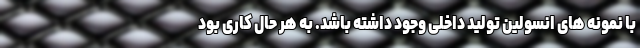
با نمونه های انسولین تولید داخلی وجود داشته باشد. به هر حال کاری بود